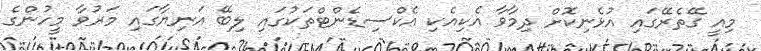
މިއީ ގޭތެރޭގައި އުޅެނިކޮށް ދިމާވާ އެކިއެކި އެކްސިޑެންޓްތަކުގައި ލިބޭ އަނިޔާގައި މަރުވާ މީހުންގެ